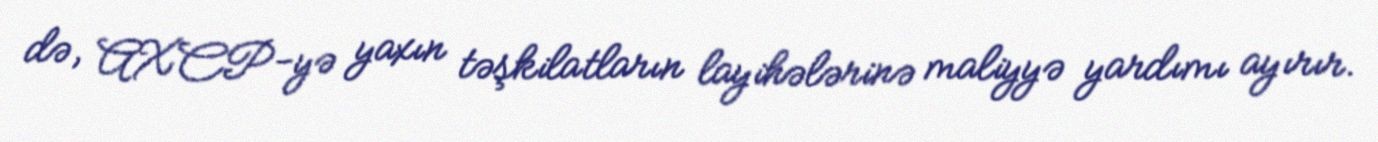
də, AXCP-yə yaxın təşkilatların layihələrinə maliyyə yardımı ayırır.